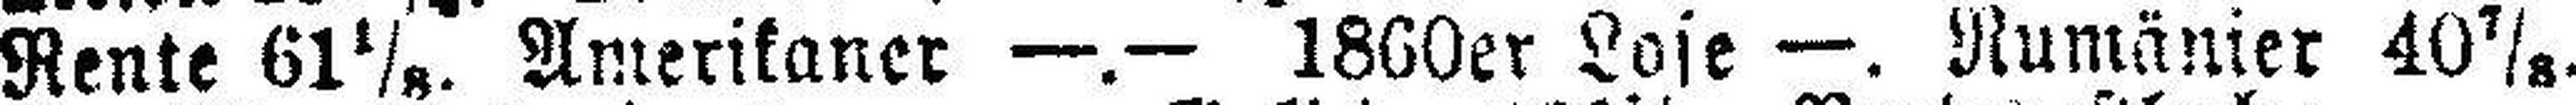
Rente 61 1/8. Amerikaner —.— 1860er Lose —. Rumänier 40 7/8.